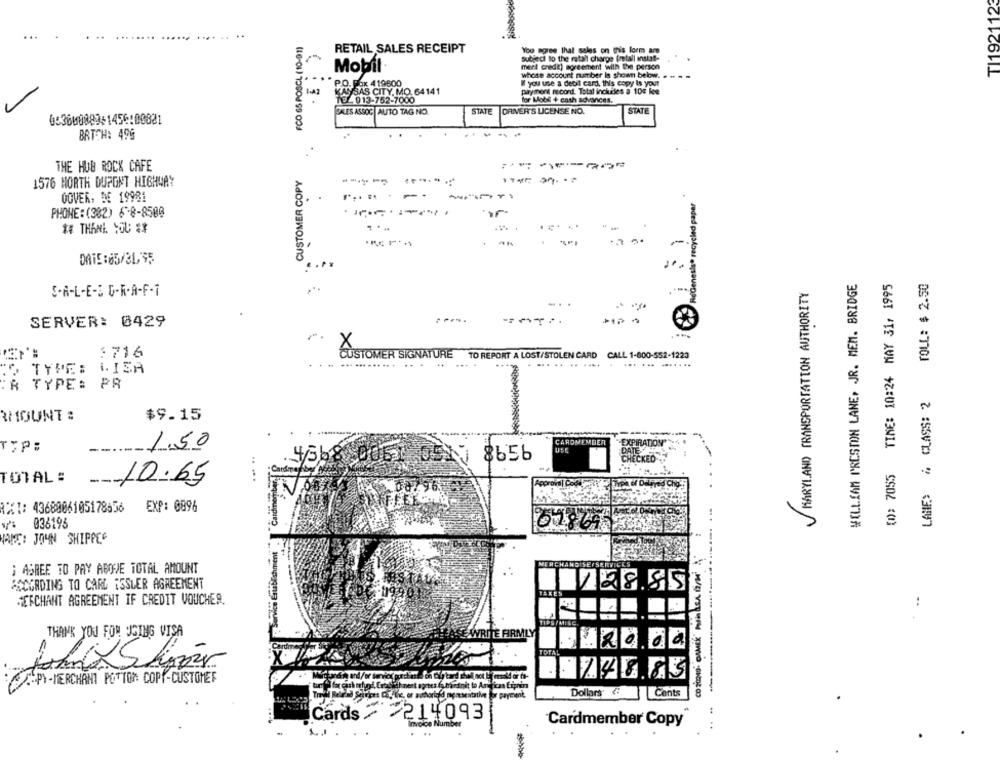
TI1921123
...
FCO 65 POSCL (10-91)
RETAIL SALES RECEIPT
You agree that sales on this form an
subject to the retail charge (metall ansial-
Mobil
mert credi) agreement with the person
whose account number Is shown below. .
P.O. Fox 4 19600
W you use a debit card, this copy Is your
KANSAS CITY, MO 64141
payment record. Total inckdies a 100 lee
10 4913-752-7000
for Mobil + cash advances.
SALES ASSOC AUTO TAG NO
STATE
DRIVER'S LICENSE NO.
STATE
0:3600083:1456:00821
BATCH: 496
--
THE HUB ROCK CAFE
CUSTOMER COPY
1576 NORTH DUPONT HIGHWAY
ReGenesis. recycled papar
OOVER, DE 19981
------
PHONE: (382) 6 8-8500
t# THANK YOU **
--
. 7
-
DATE:85/31,95
....
TIME: 10:24 MAY 31, 1995
TOLL: $ 2.50
WILLIAM PRESTON LANE, JR. MEM. BRIDGE
MARYLAND TRANSPORTATION AUTHORITY
S.A-L-E-S G-R.A-F-7
SERVER: 0429
1716
CUSTOMER SIGNATURE
TO REPORT A LOST/STOLEN CARD CALL 1-800-552-1223
.... ....
... .. .. ....
... ... .......
TO TYPE: LISA
R TYPE: PR
LAHE> & CLASS: 2
AMOUNT :
$9.15
CARDMEMDER
TIP:
--.
1.50
8656
(1)> 7055
TOTAL :
--
10.65
AXI: 4368006105178656
EXP: 0896
036196
NAME: JOUN SHIPPEC
; AGREE TO PAY ABOVE TOTAL AMOUNT
ACCORDING TO CARD ISSUER AGREEMENT
2885
MERCHANT AGREEMENT IF CREDIT VOUCHER.
TIPS (MI
---------
THANK YOU FOR UGINS VISA
ITE FIRMLY
20.00
:- P>-MERCHANT POTTOR COPY-CUSTOMER
Dollars
Cents
..
Cards / 214093
Invoice Number
Cardmember Copy
LJ.